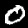
Digit: 0